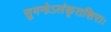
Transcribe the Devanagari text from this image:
सुमनोऽलंकृतशिराः